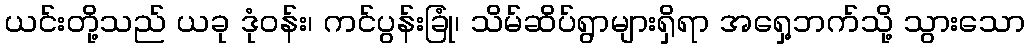
ယင်းတို့သည် ယခု ဒုံဝန်း၊ ကင်ပွန်းခြုံ၊ သိမ်ဆိပ်ရွာများရှိရာ အရှေ့ဘက်သို့ သွားသော